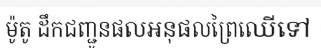
ម៉ូតូ ដឹកជញ្ជូនផលអនុផលព្រៃឈើទៅ